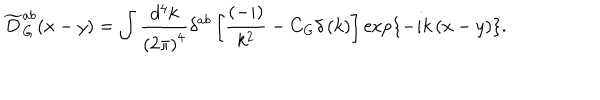
\widetilde { D } _ { G } ^ { a b } ( x - y ) = \int \frac { d ^ { 4 } k } { \left( 2 \pi \right) ^ { 4 } } \delta ^ { a b } \left[ \frac { \left( - i \right) } { k ^ { 2 } } - C _ { G } \delta \left( k \right) \right] \exp \left\{ - i k \left( x - y \right) \right\} .